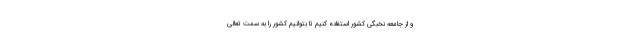
و از جامعه نخبگی کشور استفاده کنیم تا بتوانیم کشور را به سمت تعالی